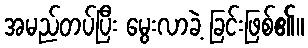
အမည်တပ်ပြီး မွေးလာခဲ့ ခြင်းဖြစ်၏။